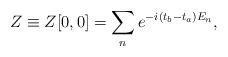
LaTeX: \begin{align*}Z\equiv Z[0,0]=\sum_n e^{-i(t_b-t_a) E_n},\end{align*}